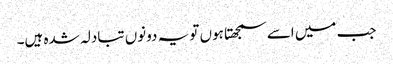
جب میں اسے سمجھتا ہوں تو یہ دونوں تبادلہ شدہ ہیں۔